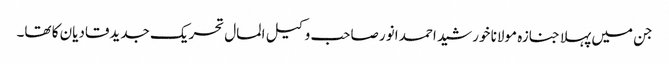
جن میں پہلا جنازہ مولانا خورشید احمد انور صاحب وکیل المال تحریک جدیدقادیان کا تھا۔